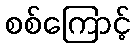
စစ်ကြောင့်